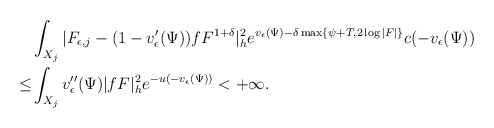
\begin{align*}&\int_{X_j}|F_{\epsilon,j}-(1-v'_{\epsilon}(\Psi))fF^{1+\delta}|^2_h e^{v_\epsilon(\Psi)-\delta \max\{\psi+T,2\log|F|\}}c(-v_\epsilon(\Psi))\\\le&\int_{X_j}v''_{\epsilon}(\Psi)|fF|^2_h e^{-u(-v_{\epsilon}(\Psi))}<+\infty.\end{align*}